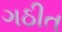
ગઠીત